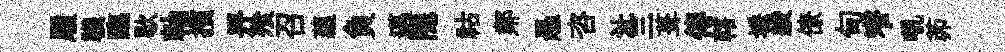
履韈臨歇軸擯畀飱召蘊負邁隱祜鄰愚咨沚三葺傳轄埵綾僚甸窄吼茆